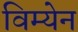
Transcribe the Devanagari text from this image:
विम्येन